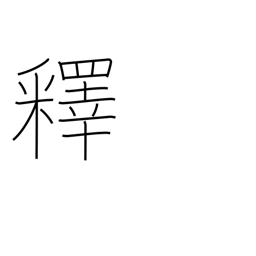
Meaning: explain